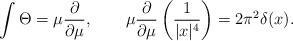
LaTeX: \begin{align*}\int \Theta =\mu {\frac{\partial }{\partial \mu }},~~~~~~\mu {\frac{\partial }{\partial \mu }}\left( {\frac{1}{|x|^{4}}}\right) =2\pi ^{2}\delta (x).\end{align*}